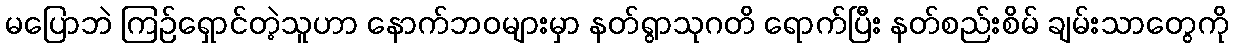
မပြောဘဲ ကြဉ်ရှောင်တဲ့သူဟာ နောက်ဘဝများမှာ နတ်ရွာသုဂတိ ရောက်ပြီး နတ်စည်းစိမ် ချမ်းသာတွေကို